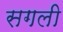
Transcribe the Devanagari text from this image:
सगली